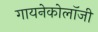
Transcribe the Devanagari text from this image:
गायनेकोलॉजी